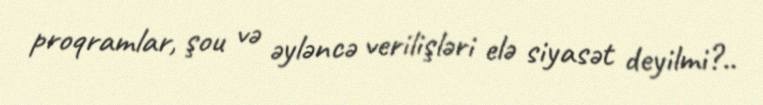
proqramlar, şou və əyləncə verilişləri elə siyasət deyilmi?..